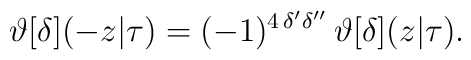
\vartheta[\delta](-z|\tau)=(-1)^{4\,\delta'\delta''}\,\vartheta[\delta](z|\tau).